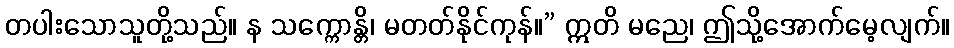
တပါးသောသူတို့သည်။ န သက္ကောန္တိ၊ မတတ်နိုင်ကုန်။” ဣတိ မညေ၊ ဤသို့အောက်မေ့လျက်။